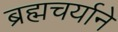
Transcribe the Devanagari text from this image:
ब्रह्मचर्याने